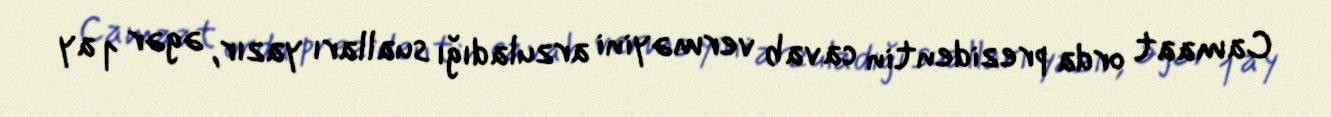
Camaat orda prezidentin cavab verməyini arzuladığı sualları yazır, əgər 1 ay